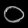
Digit: ၀